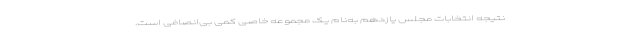
نتیجه انتخابات مجلس یازدهم به‌نام یک مجموعه خاصی کمی بی‌انصافی است.